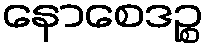
နောစေဒဉ္စ